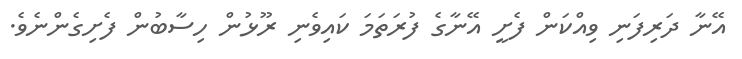
އޭނާ ދަރިފަނި ވިއްކަން ފެށީ އޭނާގެ ފުރަތަމަ ކައިވެނި ރޫޅުން ހިސާބުން ފެށިގެންނެވެ.